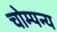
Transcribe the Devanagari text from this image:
चोम्पन्य